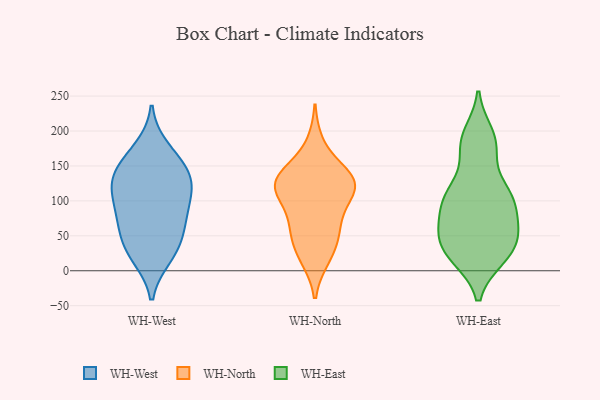
{"axis": {"x": "Conversion Rate (%)", "y": "Value"}, "legend": ["WH-East", "WH-North", "WH-West"], "data": [{"x": "", "y": 67, "type": "WH-West"}, {"x": "", "y": 97, "type": "WH-West"}, {"x": "", "y": 125, "type": "WH-West"}, {"x": "", "y": 20, "type": "WH-West"}, {"x": "", "y": 161, "type": "WH-West"}, {"x": "", "y": 80, "type": "WH-West"}, {"x": "", "y": 89, "type": "WH-West"}, {"x": "", "y": 42, "type": "WH-West"}, {"x": "", "y": 175, "type": "WH-West"}, {"x": "", "y": 122, "type": "WH-West"}, {"x": "", "y": 48, "type": "WH-West"}, {"x": "", "y": 144, "type": "WH-West"}, {"x": "", "y": 138, "type": "WH-West"}, {"x": "", "y": 124, "type": "WH-West"}, {"x": "", "y": 22, "type": "WH-West"}, {"x": "", "y": 139, "type": "WH-North"}, {"x": "", "y": 21, "type": "WH-North"}, {"x": "", "y": 132, "type": "WH-North"}, {"x": "", "y": 45, "type": "WH-North"}, {"x": "", "y": 76, "type": "WH-North"}, {"x": "", "y": 112, "type": "WH-North"}, {"x": "", "y": 124, "type": "WH-North"}, {"x": "", "y": 18, "type": "WH-North"}, {"x": "", "y": 181, "type": "WH-North"}, {"x": "", "y": 95, "type": "WH-North"}, {"x": "", "y": 54, "type": "WH-North"}, {"x": "", "y": 62, "type": "WH-North"}, {"x": "", "y": 119, "type": "WH-North"}, {"x": "", "y": 121, "type": "WH-North"}, {"x": "", "y": 136, "type": "WH-North"}, {"x": "", "y": 129, "type": "WH-North"}, {"x": "", "y": 117, "type": "WH-East"}, {"x": "", "y": 174, "type": "WH-East"}, {"x": "", "y": 25, "type": "WH-East"}, {"x": "", "y": 19, "type": "WH-East"}, {"x": "", "y": 103, "type": "WH-East"}, {"x": "", "y": 110, "type": "WH-East"}, {"x": "", "y": 181, "type": "WH-East"}, {"x": "", "y": 101, "type": "WH-East"}, {"x": "", "y": 19, "type": "WH-East"}, {"x": "", "y": 195, "type": "WH-East"}, {"x": "", "y": 91, "type": "WH-East"}, {"x": "", "y": 48, "type": "WH-East"}, {"x": "", "y": 48, "type": "WH-East"}, {"x": "", "y": 57, "type": "WH-East"}, {"x": "", "y": 61, "type": "WH-East"}]}